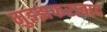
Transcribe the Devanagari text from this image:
मुझ्झफराबाद